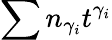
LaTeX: \sum n_{\gamma_{i}}t^{\gamma_{i}}